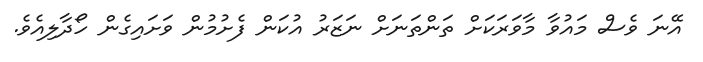
އޭނަ ވެސް މައުވާ މާވަރަކަށް ތަންތަނަށް ނަޒަރު އުކަން ފެށުމުން ވަށައިގެން ހޯދާލިއެވެ.